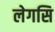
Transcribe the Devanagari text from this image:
लेगसि